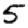
Digit: 5